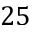
2 5